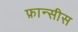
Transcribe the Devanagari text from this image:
फ्रान्सीस